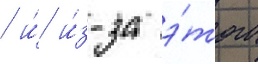
/ и́ и́з-за э́того